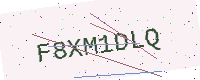
Text: F8XM1DLQ